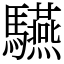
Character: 驠